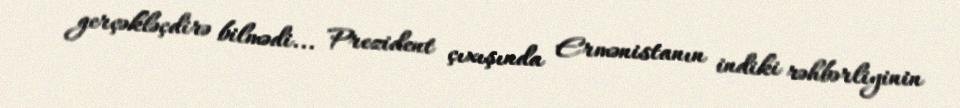
gerçəkləçdirə bilmədi... Prezident çıxışında Ermənistanın indiki rəhbərliyinin